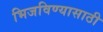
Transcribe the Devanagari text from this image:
भिजविण्यासाठी